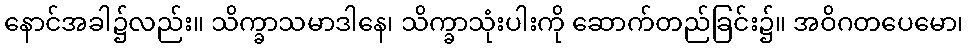
နောင်အခါ၌လည်း။ သိက္ခာသမာဒါနေ၊ သိက္ခာသုံးပါးကို ဆောက်တည်ခြင်း၌။ အဝိဂတပေမော၊